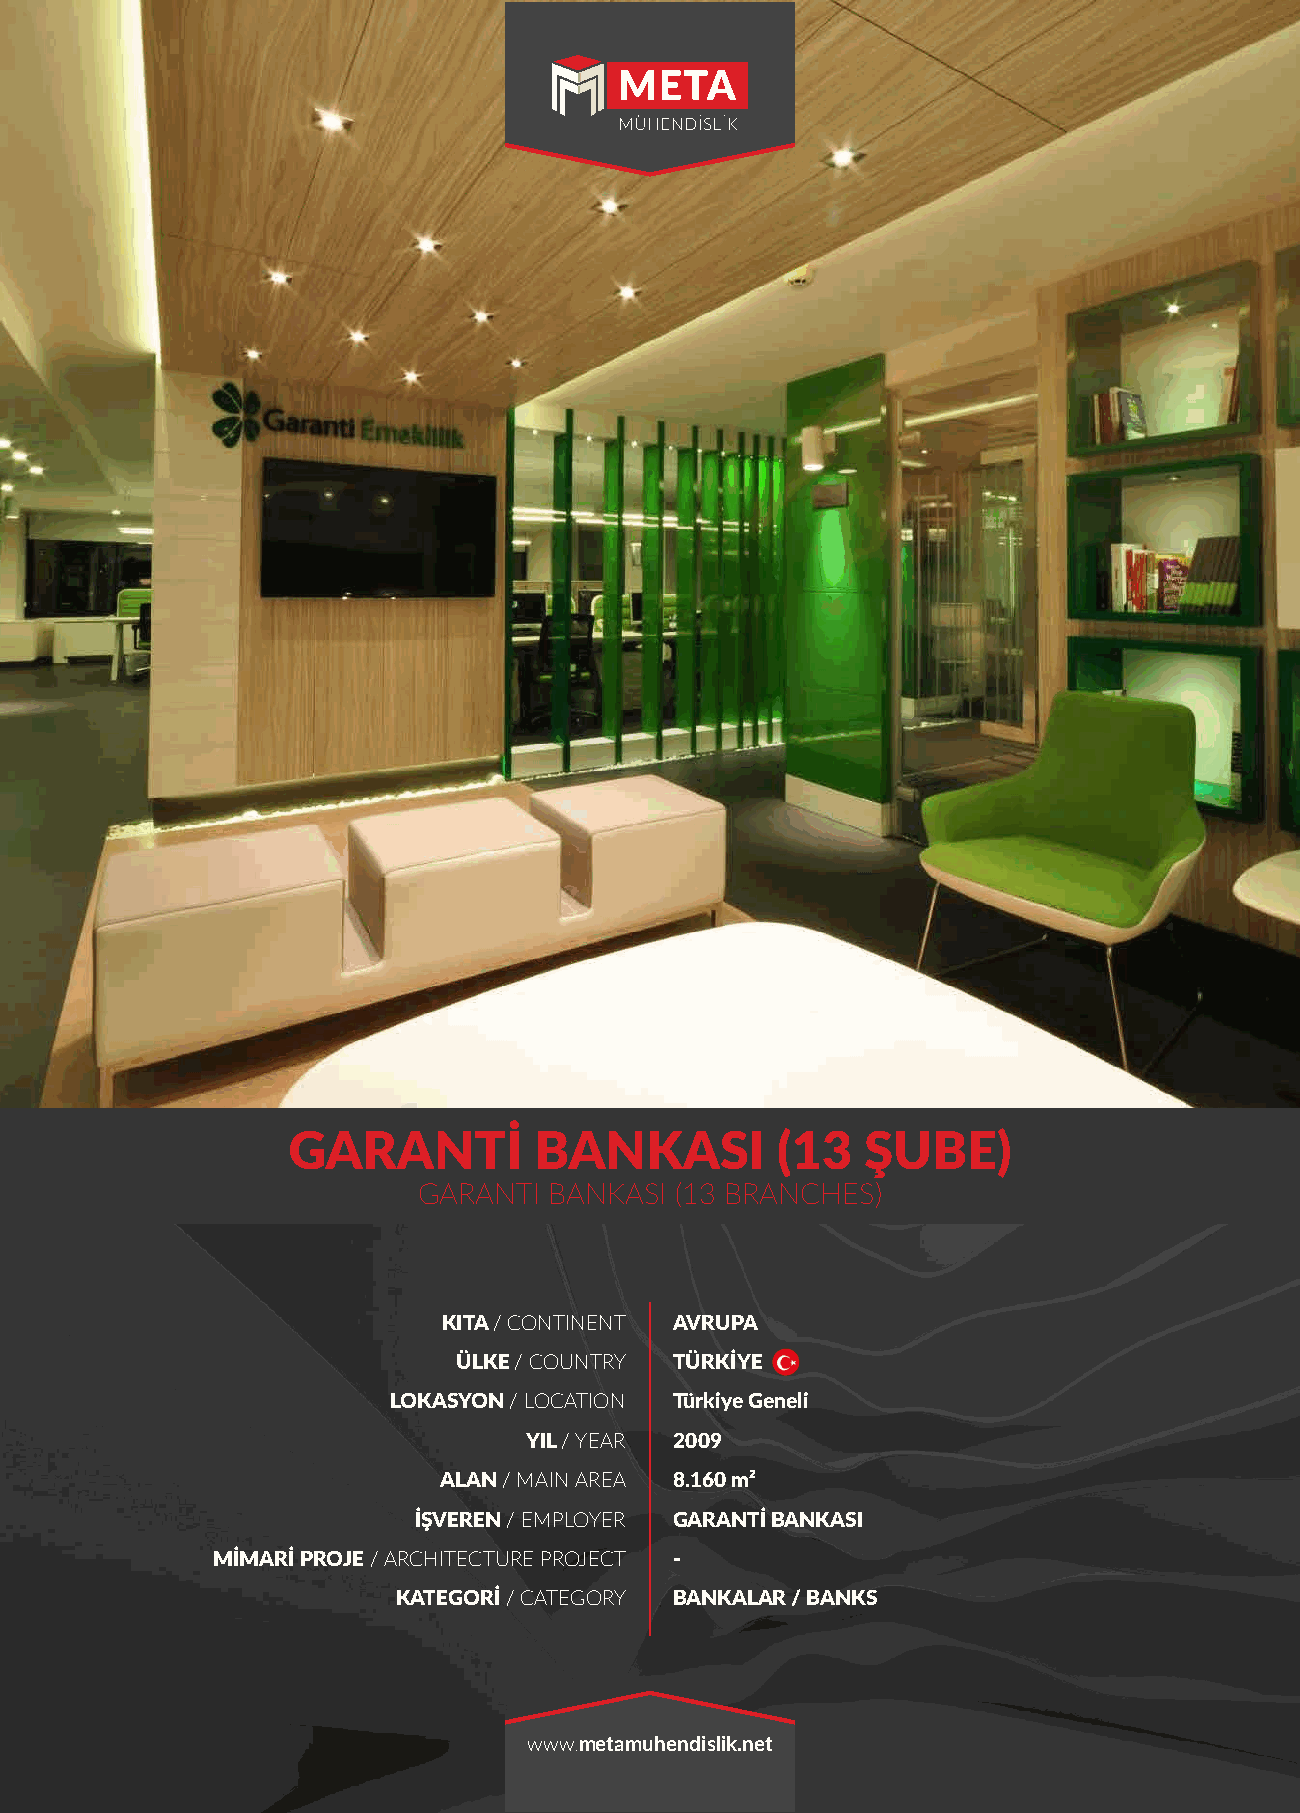
GARANTİ         BANKASI         (13   ŞUBE)
 GARANTI BANKASI  (13 BRANCHES)
 KITA / CONTINENT AVRUPA
 ÜLKE / COUNTRY TÜRKİYE
 LOKASYON / LOCATION Türkiye Geneli
 YIL / YEAR 2009
 ALAN / MAIN AREA 8.160 m²
 İŞVEREN / EMPLOYER GARANTİ BANKASI
 MİMARİ PROJE / ARCHITECTURE PROJECT -
 KATEGORİ / CATEGORY BANKALAR / BANKS
 www.metamuhendislik.net